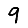
Digit: 9